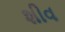
શીવ